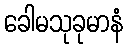
ခေါမသုခုမာနံ